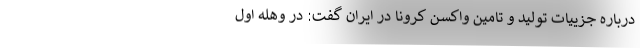
درباره جزییات تولید و تامین واکسن کرونا در ایران گفت: در وهله اول